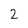
Character: 2